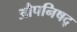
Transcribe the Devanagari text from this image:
औपनिषद्